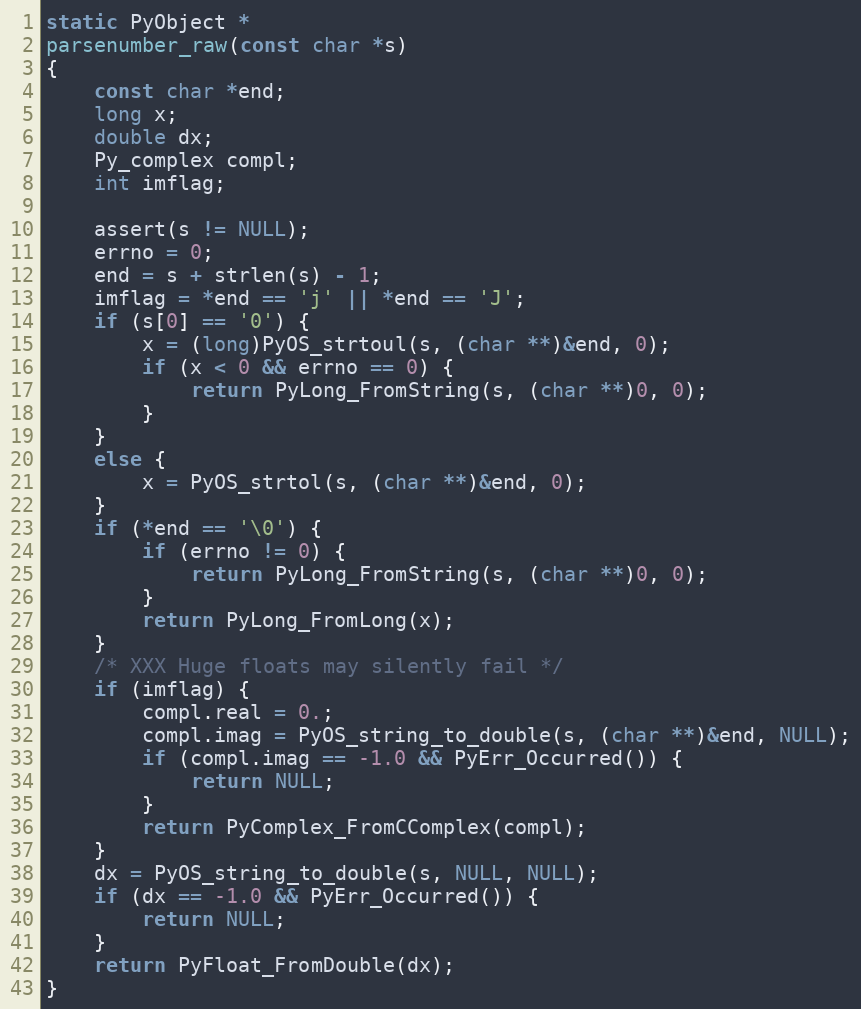
Language: C
static PyObject *
parsenumber_raw(const char *s)
{
    const char *end;
    long x;
    double dx;
    Py_complex compl;
    int imflag;

    assert(s != NULL);
    errno = 0;
    end = s + strlen(s) - 1;
    imflag = *end == 'j' || *end == 'J';
    if (s[0] == '0') {
        x = (long)PyOS_strtoul(s, (char **)&end, 0);
        if (x < 0 && errno == 0) {
            return PyLong_FromString(s, (char **)0, 0);
        }
    }
    else {
        x = PyOS_strtol(s, (char **)&end, 0);
    }
    if (*end == '\0') {
        if (errno != 0) {
            return PyLong_FromString(s, (char **)0, 0);
        }
        return PyLong_FromLong(x);
    }
    /* XXX Huge floats may silently fail */
    if (imflag) {
        compl.real = 0.;
        compl.imag = PyOS_string_to_double(s, (char **)&end, NULL);
        if (compl.imag == -1.0 && PyErr_Occurred()) {
            return NULL;
        }
        return PyComplex_FromCComplex(compl);
    }
    dx = PyOS_string_to_double(s, NULL, NULL);
    if (dx == -1.0 && PyErr_Occurred()) {
        return NULL;
    }
    return PyFloat_FromDouble(dx);
}